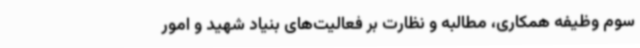
سوم وظیفه همکاری، مطالبه و نظارت بر فعالیت‌های بنیاد شهید و امور